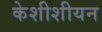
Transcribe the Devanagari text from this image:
केशीशीयन